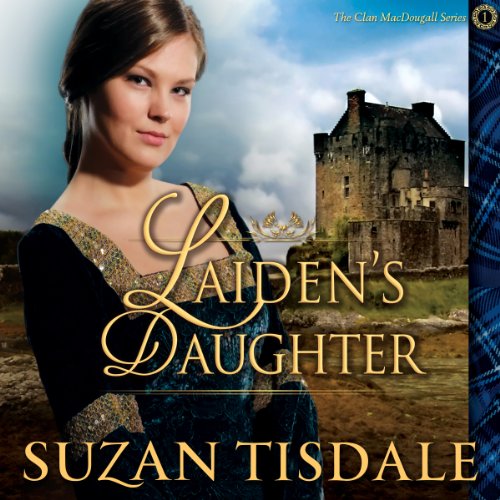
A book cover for Laiden's Daughter: Clan MacDougall, Book 1; Suzan Tisdale; Romance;